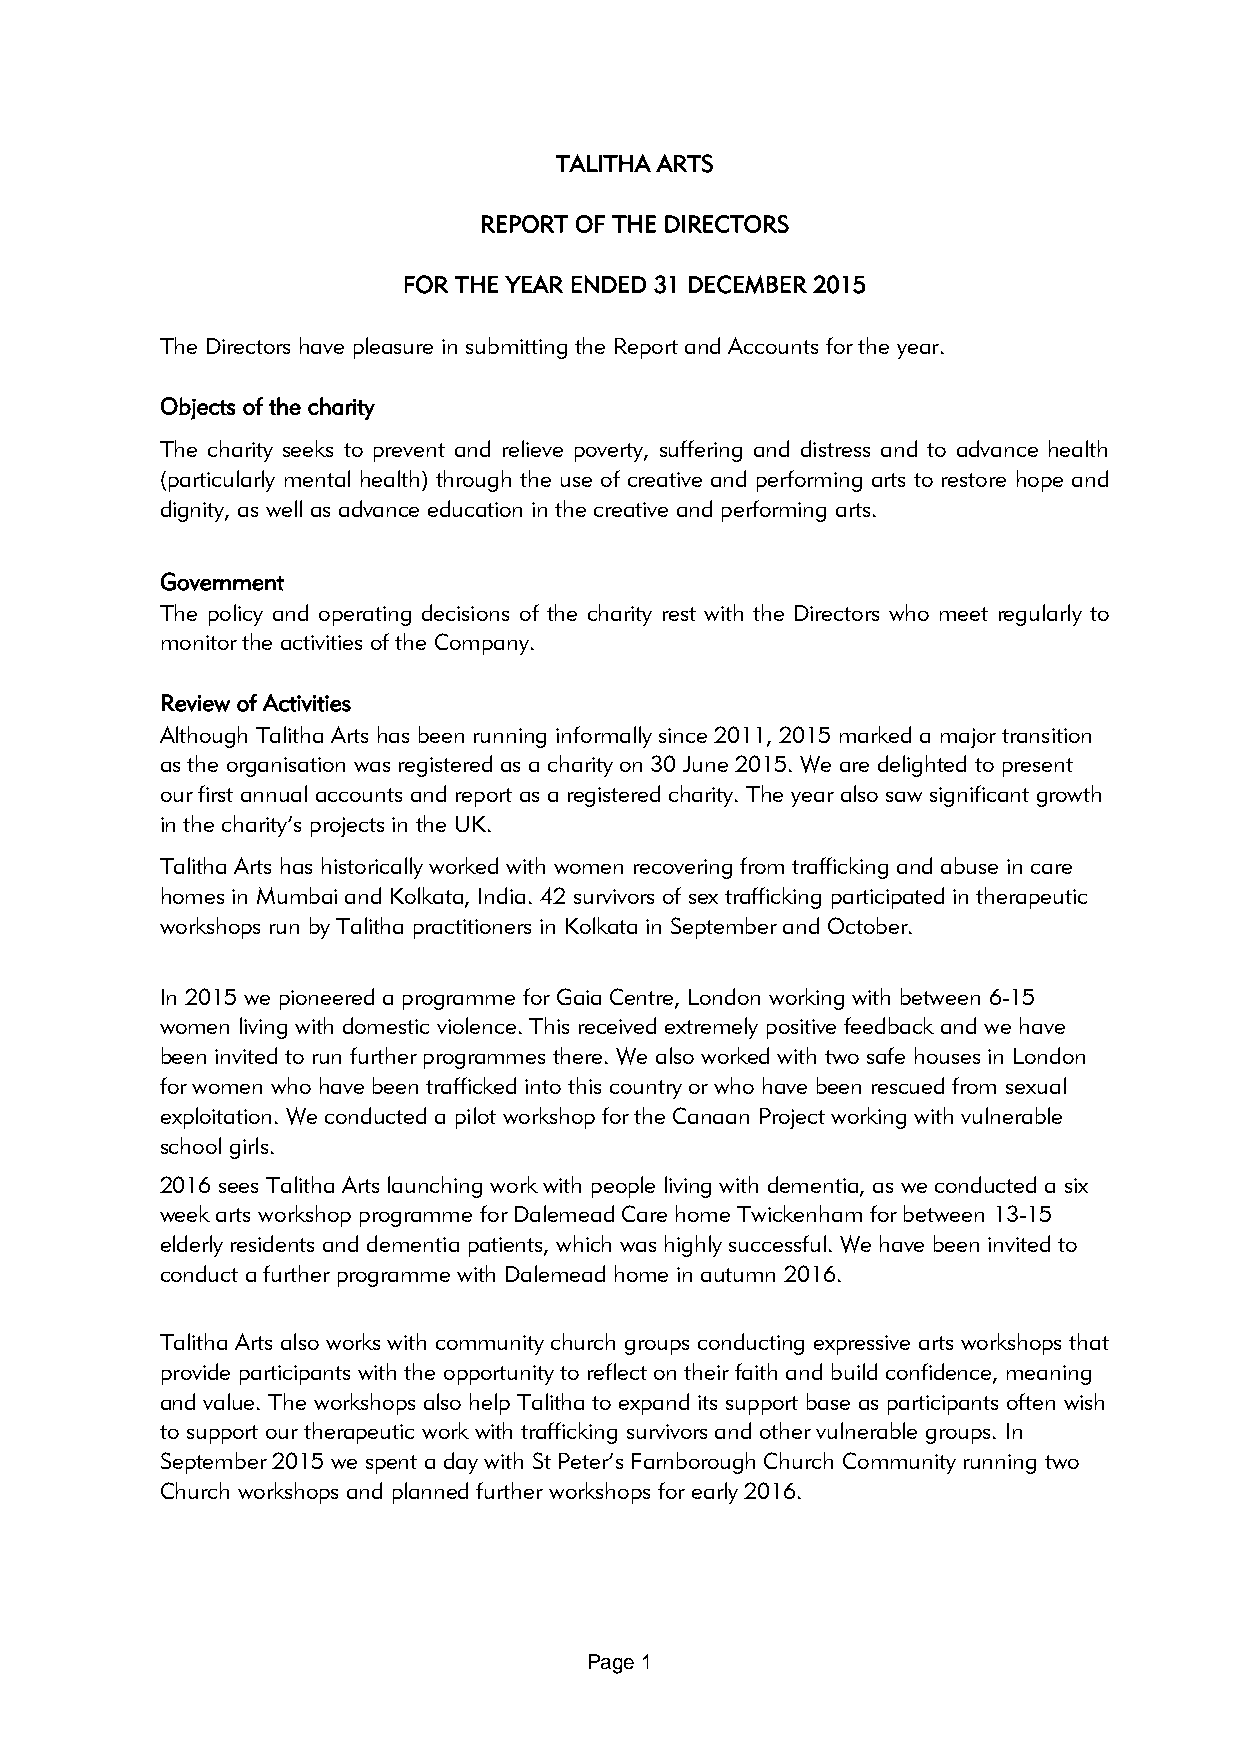
TALITHA ARTS
 REPORT OF THE DIRECTORS
 FOR THE YEAR ENDED 31 DECEMBER 2015
 The Directors have pleasure in submitting the Report and Accounts for the year.
 Objects of the charity
 The charity seeks to prevent and relieve poverty, suffering and distress and to advance health
 (particularly mental health) through the use of creative and performing arts to restore hope and
 dignity, as well as advance education in the creative and performing arts.
 Government
 The policy and operating decisions of the charity rest with the Directors who meet regularly to
 monitor the activities of the Company.
 Review of Activities
 Although Talitha Arts has been running informally since 2011, 2015 marked a major transition
 as the organisation was registered as a charity on 30 June 2015. We are delighted to present
 our first annual accounts and report as a registered charity. The year also saw significant growth
 in the charity’s projects in the UK.
 Talitha Arts has historically worked with women recovering from trafficking and abuse in care
 homes in Mumbai and Kolkata, India. 42 survivors of sex trafficking participated in therapeutic
 workshops run by Talitha practitioners in Kolkata in September and October.
 In 2015 we pioneered a programme for Gaia Centre, London working with between 6-15
 women living with domestic violence. This received extremely positive feedback and we have
 been invited to run further programmes there. We also worked with two safe houses in London
 for women who have been trafficked into this country or who have been rescued from sexual
 exploitation. We conducted a pilot workshop for the Canaan Project working with vulnerable
 school girls.
 2016 sees Talitha Arts launching work with people living with dementia, as we conducted a six
 week arts workshop programme for Dalemead Care home Twickenham for between 13-15
 elderly residents and dementia patients, which was highly successful. We have been invited to
 conduct a further programme with Dalemead home in autumn 2016.
 Talitha Arts also works with community church groups conducting expressive arts workshops that
 provide participants with the opportunity to reflect on their faith and build confidence, meaning
 and value. The workshops also help Talitha to expand its support base as participants often wish
 to support our therapeutic work with trafficking survivors and other vulnerable groups. In
 September 2015 we spent a day with St Peter’s Farnborough Church Community running two
 Church workshops and planned further workshops for early 2016.
 Page 1